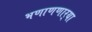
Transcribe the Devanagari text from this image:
भणाणणार्‍या